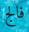
فالج